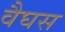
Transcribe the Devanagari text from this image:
वैघस